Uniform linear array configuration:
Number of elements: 8
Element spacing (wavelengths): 0.25
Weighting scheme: cosine
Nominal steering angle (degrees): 30
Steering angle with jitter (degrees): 28.079
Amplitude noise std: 0.05
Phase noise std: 0.05

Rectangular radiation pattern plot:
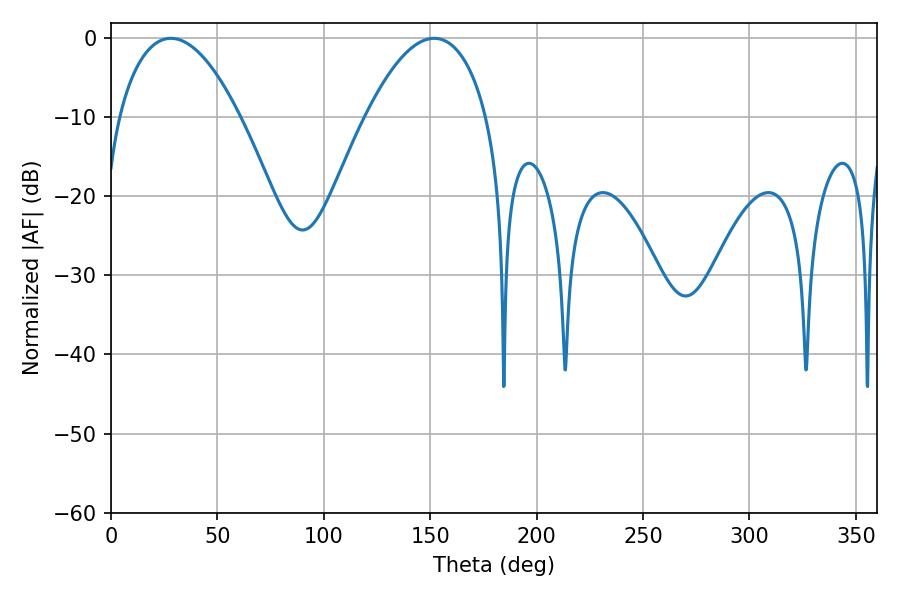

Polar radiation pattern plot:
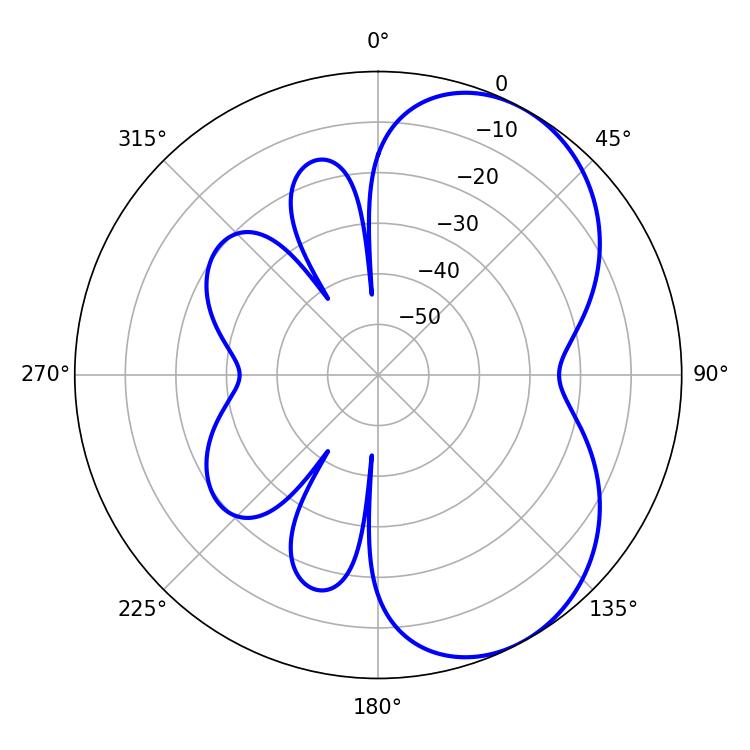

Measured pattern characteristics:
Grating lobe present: FALSE
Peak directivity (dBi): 5.408
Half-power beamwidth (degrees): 31.68
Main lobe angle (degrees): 28.08